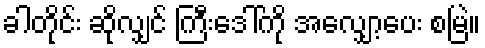
ခါတိုင်း ဆိုလျှင် ကြီးဒေါ်ကို အလျှော့ပေး စမြဲ။